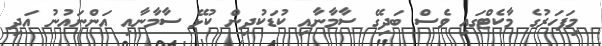
މިފަހަރުގެ މާކެޓްގައި ވެސް ބަދިގޭ ސާމާނާއި ކުޑަކުދިން ކުޅޭ ސާމާނާއި އަންނައުނު އަދި